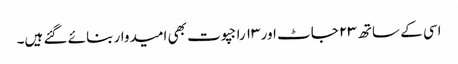
اسی کے ساتھ ۲۳ جاٹ اور ۱۳ راجپوت بھی امیدوار بنائے گئے ہیں۔